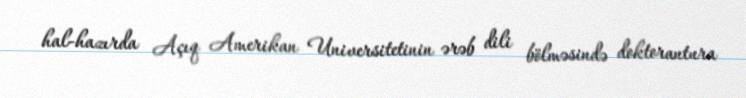
hal-hazırda Açıq Amerikan Universitetinin ərəb dili bölməsində doktorantura